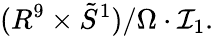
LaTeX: (R^{9}\times\tilde{S}^{1})/\Omega\cdot{\mathcal I}_{1}.